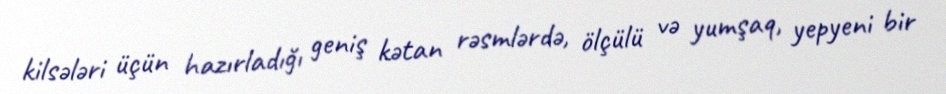
kilsələri üçün hazırladığı geniş kətan rəsmlərdə, ölçülü və yumşaq, yepyeni bir